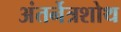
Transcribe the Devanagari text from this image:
अंतर्नेत्रशोथ